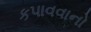
કપાવવાનો